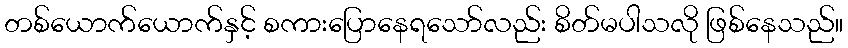
တစ်ယောက်ယောက်နှင့် စကားပြောနေရသော်လည်း စိတ်မပါသလို ဖြစ်နေသည်။